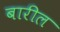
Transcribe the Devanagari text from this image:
बारील